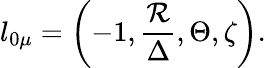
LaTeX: l_{0\mu}=\left(-1,\frac{{\cal R}}{\Delta},\Theta,\zeta\right).